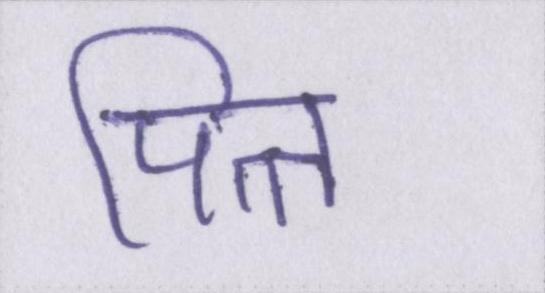
पित्त